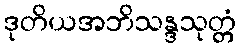
ဒုတိယအဘိသန္ဒသုတ္တံ